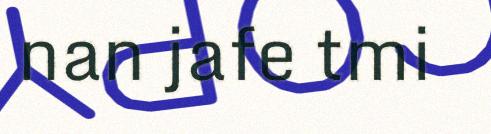
nan jafe tmi